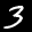
Label: 3